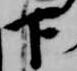
下